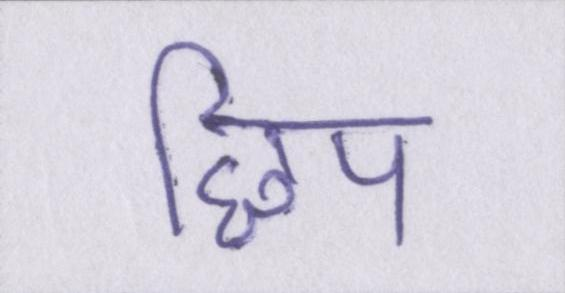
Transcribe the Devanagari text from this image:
छिप